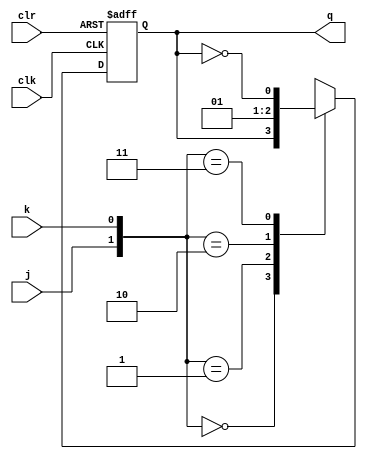
module jkff(j,k,q,clk,clr);
  
input j,k;
input clk;
input clr;
output q;
reg q;
  
always@(posedge clk or posedge clr)
begin
if(clr==1)
  q=0;
else
begin
case({j,k})
0: q=q;
1: q=0;
2: q=1;
3: q=~q;
endcase
end
end
endmodule


module testbench();
reg j,k;
reg clk;
reg clr;
wire q;
  
jkff sa(j,k,q,clk,clr);
  
always #1 clk=~clk;
initial 
begin
  clk=1;
  clr=1;
  j=0; k=0;
#4 j=1; k=0; clr=0;
#4 j=0; k=0;
#4 j=1; k=1;
#4 j=0; k=1;
#4 $finish;
end
endmodule